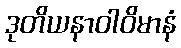
ဒုတိယနာဝါဝိမာနံ